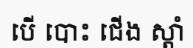
បើ បោះ ជើង ស្តាំ